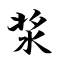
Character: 浆